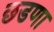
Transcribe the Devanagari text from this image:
छडणा